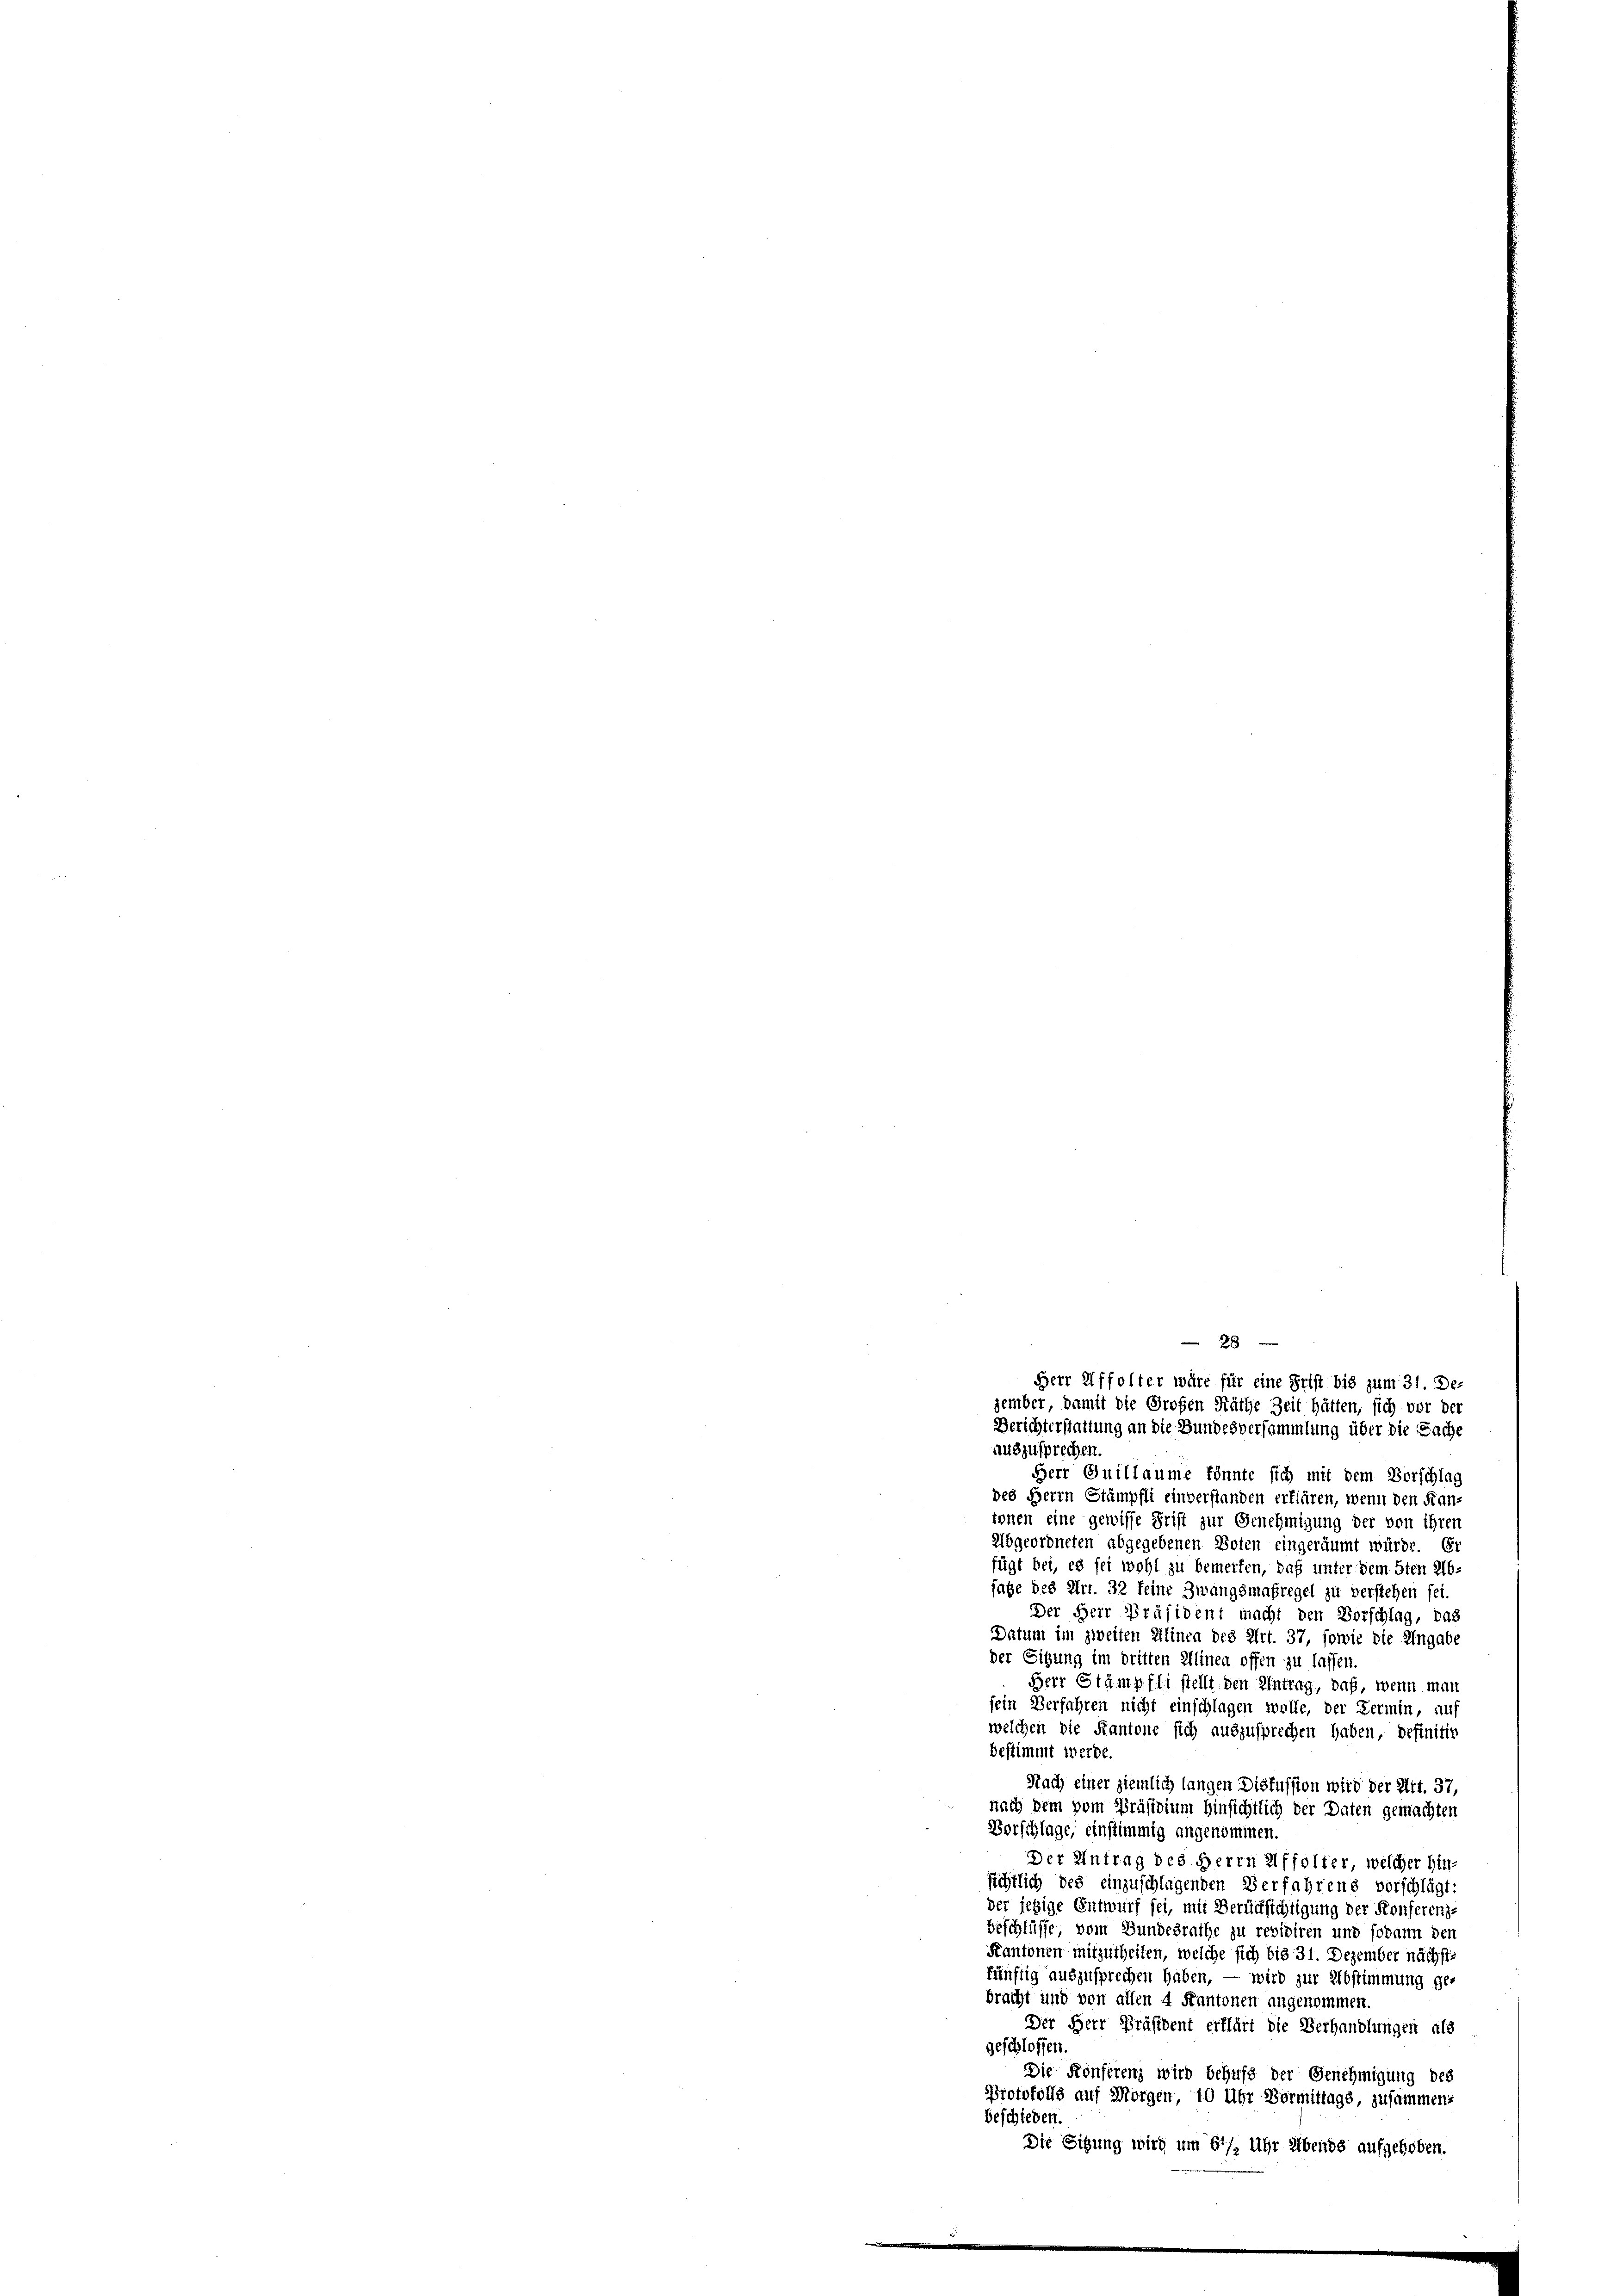
2
Herr Affolter wäre für eine Frist bis zum 31. De-
zember damit die Großen Räthe Zeit hätten, sich vor der
Berichterstattung an die Bundesversammlung über die Sache

auszusprechen
Herr Quillaume könnte sich mit dem Vorschlag
des Herrn Stämpfli einverstanden erklären, wenn den Fran-
ionen eine gewisse Frist zur Genehmigung der von ihren
Abgeordneten abgegebenen Boten eingeräumt würde. Er
fügt bei, es sei wohl zu bemerken, daß unter dem 5ten Ab-
fage des Art. 32 feine Zwangsmaßregel zu verstehen sei.
Der Herr Präsident macht den Vorschlag, das
Datum im zweiten Alinen des Art. 37, sowie die Eingabe
der Sitzung im dritten Alinea offen zu lassen.
Herr Stämpfli stellt den Antrag, daß, wenn man
fein Verfahren nicht einschlagen wolle, der Termin, auf
welchen die Kantone sich auszusprechen haben, definitiv
bestimmt werde.
Nach einer ziemlich langen Diskussion wird der Art. 37.
nach dem vom Präsidium Hinsichtlich der Daten gemachten
Vorschlage, einstimmig angenommen.
Der Antrag des Herrn Affolter, welcher hin-
sichtlich des einzuschlagenden Verfahrens vorschlägt
der jetzige Entwurf sei, mit Berücksichtigung der Konferenz-
beschlüsse vom Bundesrathe zu revidiren und sodann der
Kantonen mitzutheilen, welche sich bis 31. Dezember nächst
künftig auszusprechen haben, — wird zur Abstimmung ge-
bracht und von allen 4 Kantonen angenommen.
Der Herr Präsident erklärt die Verhandlungen als
geschlossen.
Die Konferenz wird behufs der Genehmigung des
Protokolls auf Morgen, 10 Uhr Vormittags, zusammens
beschieden.
Die Sitzung wird um 61/2 Uhr Abends aufgehoben.